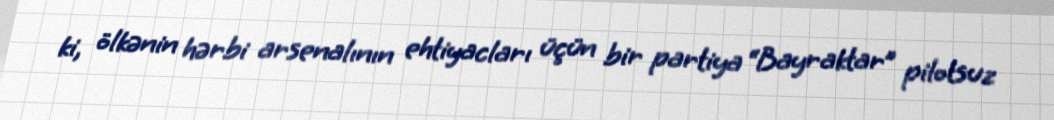
ki, ölkənin hərbi arsenalının ehtiyacları üçün bir partiya “Bayraktar” pilotsuz